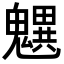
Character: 𩴜